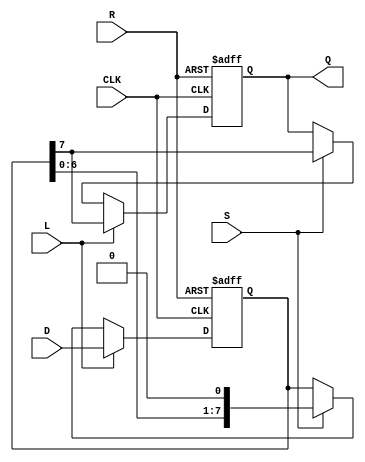
module PISO_Register #(
    parameter n = 8 // Parameter for the width of the parallel data input
)(
    input wire [n-1:0] D,     // Parallel data input
    input wire L,              // Load control signal
    input wire CLK,            // Clock signal
    input wire S,              // Shift control signal
    input wire R,              // Reset signal
    output reg Q               // Serial output
);

    reg [n-1:0] shift_reg;     // Shift register to hold the data

    always @(posedge CLK or posedge R) begin
        if (R) begin
            // Asynchronous reset
            shift_reg <= {n{1'b0}}; // Clear the shift register
            Q <= 1'b0;              // Clear the output
        end else if (L) begin
            // Load data into the shift register
            shift_reg <= D;         // Load parallel data
            Q <= shift_reg[n-1];    // Output the MSB (most significant bit)
        end else if (S) begin
            // Shift operation
            Q <= shift_reg[n-1];    // Output the MSB
            shift_reg <= {shift_reg[n-2:0], 1'b0}; // Shift left and fill with 0
        end
    end

endmodule